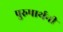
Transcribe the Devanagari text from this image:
पुरुषार्थनी